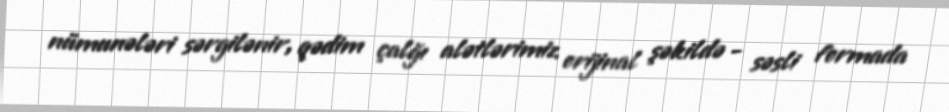
nümunələri sərgilənir, qədim çalğı alətlərimiz orijinal şəkildə - səsli formada